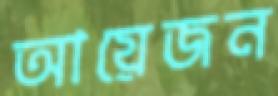
আয়েজন